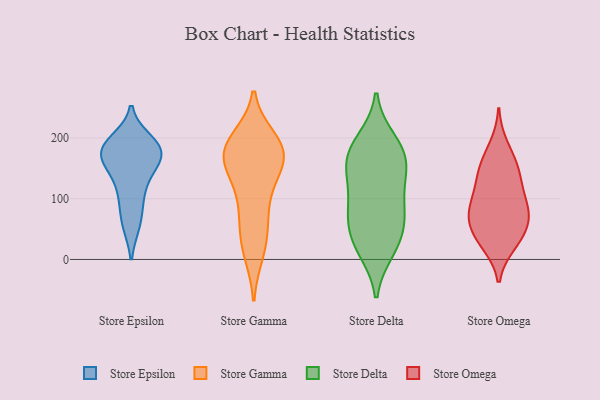
{"axis": {"x": "Inventory Turnover", "y": "Value"}, "legend": ["Store Delta", "Store Epsilon", "Store Gamma", "Store Omega"], "data": [{"x": "", "y": 97, "type": "Store Epsilon"}, {"x": "", "y": 178, "type": "Store Epsilon"}, {"x": "", "y": 131, "type": "Store Epsilon"}, {"x": "", "y": 156, "type": "Store Epsilon"}, {"x": "", "y": 184, "type": "Store Epsilon"}, {"x": "", "y": 58, "type": "Store Epsilon"}, {"x": "", "y": 168, "type": "Store Epsilon"}, {"x": "", "y": 180, "type": "Store Epsilon"}, {"x": "", "y": 188, "type": "Store Epsilon"}, {"x": "", "y": 186, "type": "Store Epsilon"}, {"x": "", "y": 143, "type": "Store Epsilon"}, {"x": "", "y": 58, "type": "Store Epsilon"}, {"x": "", "y": 169, "type": "Store Epsilon"}, {"x": "", "y": 195, "type": "Store Epsilon"}, {"x": "", "y": 102, "type": "Store Epsilon"}, {"x": "", "y": 177, "type": "Store Gamma"}, {"x": "", "y": 116, "type": "Store Gamma"}, {"x": "", "y": 43, "type": "Store Gamma"}, {"x": "", "y": 78, "type": "Store Gamma"}, {"x": "", "y": 129, "type": "Store Gamma"}, {"x": "", "y": 17, "type": "Store Gamma"}, {"x": "", "y": 11, "type": "Store Gamma"}, {"x": "", "y": 191, "type": "Store Gamma"}, {"x": "", "y": 182, "type": "Store Gamma"}, {"x": "", "y": 156, "type": "Store Gamma"}, {"x": "", "y": 190, "type": "Store Gamma"}, {"x": "", "y": 170, "type": "Store Gamma"}, {"x": "", "y": 165, "type": "Store Gamma"}, {"x": "", "y": 198, "type": "Store Gamma"}, {"x": "", "y": 71, "type": "Store Gamma"}, {"x": "", "y": 164, "type": "Store Gamma"}, {"x": "", "y": 195, "type": "Store Delta"}, {"x": "", "y": 30, "type": "Store Delta"}, {"x": "", "y": 152, "type": "Store Delta"}, {"x": "", "y": 169, "type": "Store Delta"}, {"x": "", "y": 65, "type": "Store Delta"}, {"x": "", "y": 23, "type": "Store Delta"}, {"x": "", "y": 94, "type": "Store Delta"}, {"x": "", "y": 70, "type": "Store Delta"}, {"x": "", "y": 74, "type": "Store Delta"}, {"x": "", "y": 16, "type": "Store Delta"}, {"x": "", "y": 171, "type": "Store Delta"}, {"x": "", "y": 142, "type": "Store Delta"}, {"x": "", "y": 185, "type": "Store Delta"}, {"x": "", "y": 123, "type": "Store Delta"}, {"x": "", "y": 119, "type": "Store Omega"}, {"x": "", "y": 70, "type": "Store Omega"}, {"x": "", "y": 25, "type": "Store Omega"}, {"x": "", "y": 187, "type": "Store Omega"}, {"x": "", "y": 78, "type": "Store Omega"}, {"x": "", "y": 38, "type": "Store Omega"}, {"x": "", "y": 78, "type": "Store Omega"}, {"x": "", "y": 117, "type": "Store Omega"}, {"x": "", "y": 155, "type": "Store Omega"}, {"x": "", "y": 142, "type": "Store Omega"}, {"x": "", "y": 48, "type": "Store Omega"}, {"x": "", "y": 74, "type": "Store Omega"}, {"x": "", "y": 155, "type": "Store Omega"}, {"x": "", "y": 89, "type": "Store Omega"}, {"x": "", "y": 29, "type": "Store Omega"}]}